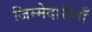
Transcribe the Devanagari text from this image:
जिम्मेदारीयाँ